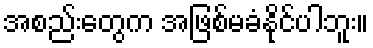
အစည်းတွေက အဖြစ်မခံနိုင်ပါဘူး။